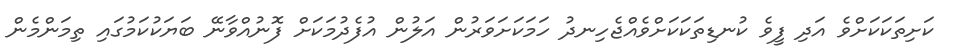
ކަށިތަކަކަށްވެ އަދި ފީވެ ކުނޑިތަކަކަށްވެއްޖެހިނދު ހަމަކަށަވަރުން އަލުން އުފެދުމަކަށް ފޮނުއްވާނޭ ބަޔަކުކަމުގައި ތިމަންމެން